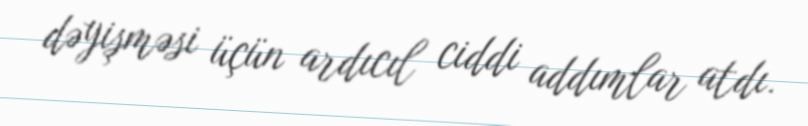
dəyişməsi üçün ardıcıl ciddi addımlar atdı.